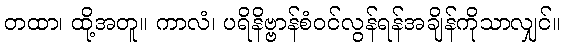
တထာ၊ ထို့အတူ။ ကာလံ၊ ပရိနိဗ္ဗာန်စံဝင်လွန်ရန်အချိန်ကိုသာလျှင်။